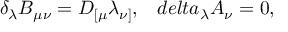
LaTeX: \delta _ { \lambda } B _ { \mu \nu } = D _ { [ \mu } \lambda _ { \nu ] } , \ \ \, d e l t a _ { \lambda } A _ { \nu } = 0 ,